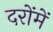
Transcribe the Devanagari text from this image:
दरोंमें